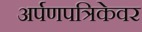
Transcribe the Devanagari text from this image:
अर्पणपत्रिकेवर